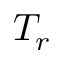
T _ { r }